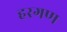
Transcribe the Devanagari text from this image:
हरगण